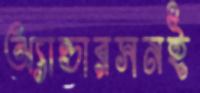
অ্যান্ডারসনই